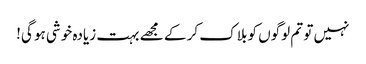
نہیں تو تم لوگوں کو بلاک کر کے مجھے بہت زیادہ خوشی ہو گی!